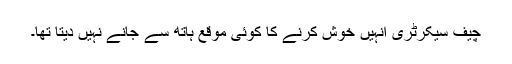
چیف سیکرٹری انہیں خوش کرنے کا کوئی موقع ہاتھ سے جانے نہیں دیتا تھا۔